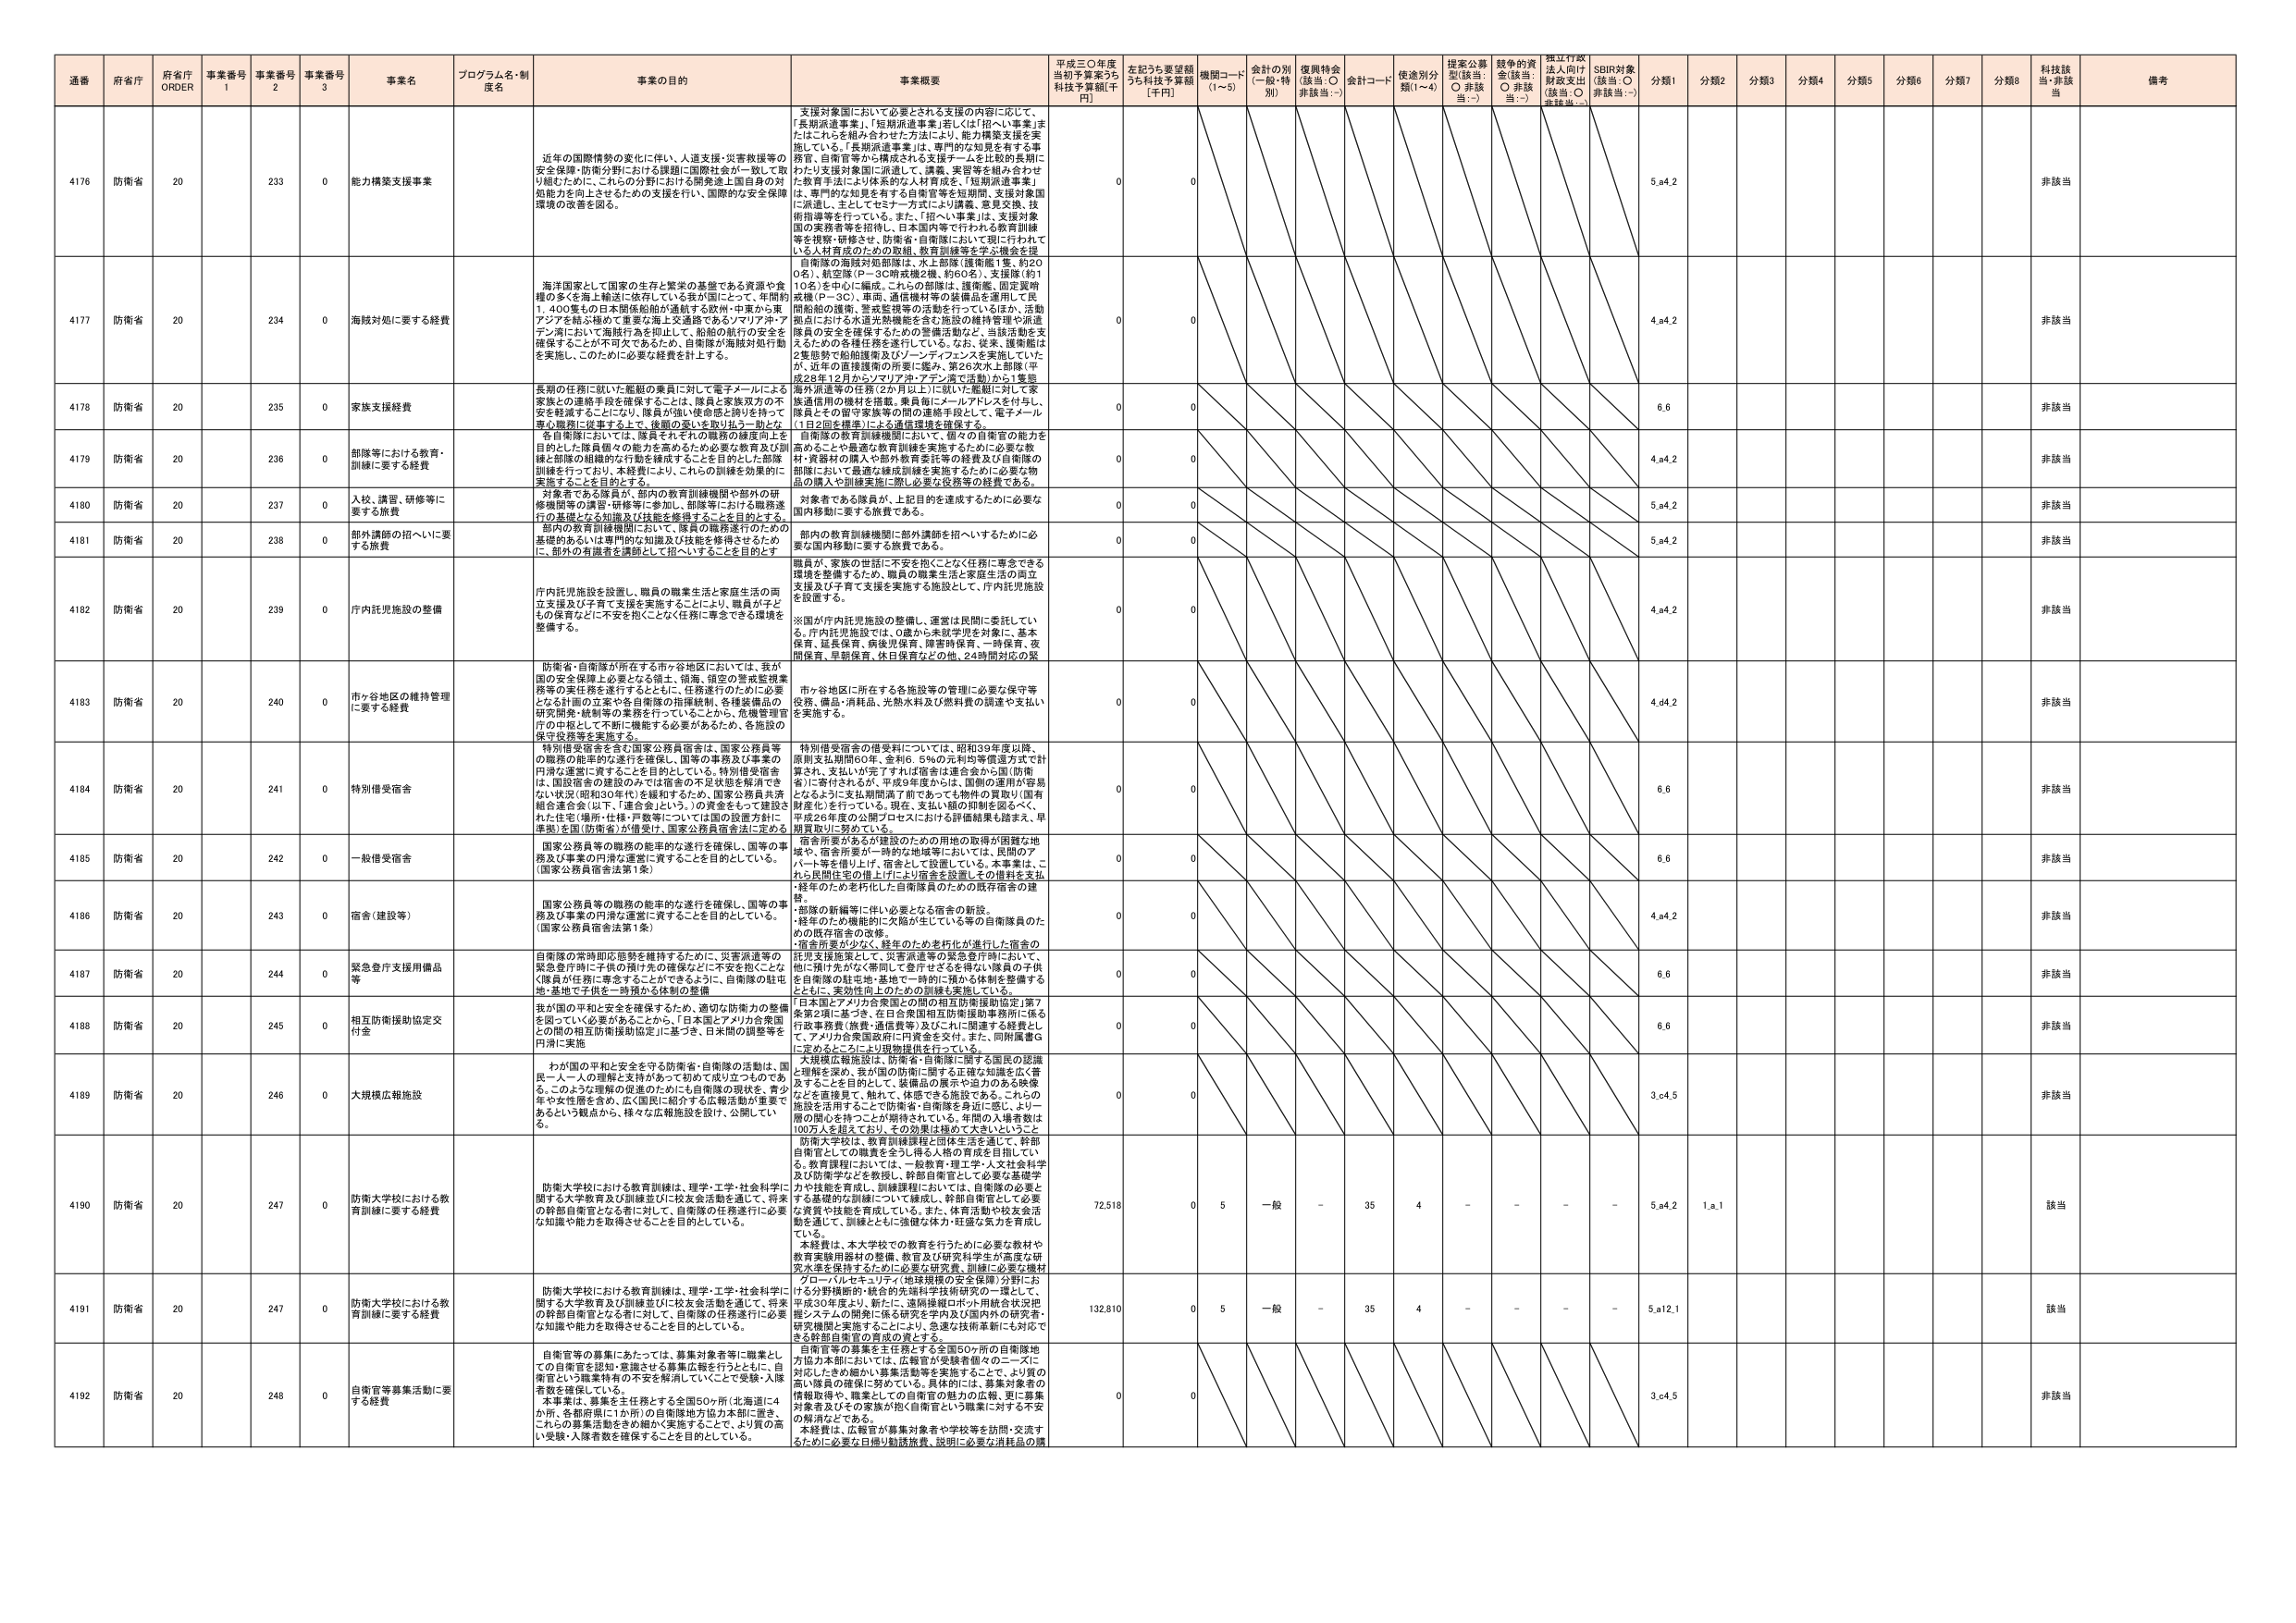
通番 府省庁 府省庁 ORDER 事業番号 1 事業番号 2 事業番号 3 事業名 プログラム名・制度名 事業の目的 事業概要 平成三〇年度当初予算案うち 科技予算額[千円] 左記うち要望額うち科技予算額 [千円] 機関コード (1~5) 会計の別 (一般・特別) 復興特会 (該当: ○ 非該当: -) 会計コード 使途別分類(1~4) 提案公募型(該当: ○ 非該当: -) 競争的資金(該当: ○ 非該当: -) 独立行政法人向け財政支出(該当: ○ 非該当: -) SDBR対象(該当: ○ 非該当: -) 分類1 分類2 分類3 分類4 分類5 分類6 分類7 分類8 科技該当・非該当 備考

4176 防衛省 20 233 0 能力構築支援事業 近年の国際情勢の変化に伴い、人道支援・災害救援等の安全保障・防衛分野における課題に国際社会が一致して取り組むために、これらの分野における開発途上国自身の対処能力を向上させるための支援を行い、国際的な安全保障環境の改善を図る。 支援対象国において必要とされる支援の内容に応じて、「長期派遣事業」、「短期派遣事業」若しくは「招へい事業」またはこれらを組み合わせた方法により、能力構築支援を実施している。「長期派遣事業」は、専門的な知見を有する事務官、自衛官等から構成される支援チームを比較的長期にわたり支援対象国に派遣して、講義、実習等を組み合わせた教育手法により体系的な人材育成を「短期派遣事業」は、専門的な知見を有する自衛官等を短期間、支援対象国に派遣し、主としてセミナー方式により講義、意見交換、技術指導等を行っている。また、「招へい事業」は、支援対象国の実務者等を招待し、日本国内等で行われる教育訓練等を視察・研修させ、防衛省・自衛隊において現に行われている人材育成のための課題、教育訓練等を学ぶ機会を提供する。 自衛隊の海技対処部隊は、水上部隊（護衛艦7隻、約200名）、航空隊（P－3C哨戒機2機、約60名）、支援隊（約110名）を中心に編成。これらの部隊は、護衛艦、固定翼哨戒機（P－3C）、車両、通信機材等の装備品を運用して民間船舶の援航、警戒監視等の活動を行っているほか、活動拠点における水道光熱機能を含む施設の維持管理や派遣隊員の安全を確保するための警備活動など、当該活動を支えるための各種任務を遂行している。なお、従来、護衛艦は2隻態勢で船舶援航及びソーン・ディフェンスを実施していたが、近年の直接援航の需要に鑑み、第26次水上部隊（平成28年12月からソマリア沖・アデン湾で活動）から1隻態勢外派遣等の任務（2か月以上）に就いた艦艇に対して家族通信用の機材を搭載、乗員員にメールアドレスを付与し、隊員とその留守家族等の間の連絡手段として、電子メール（1日2回を標準）による通信環境を確保する。 0 0 5.a4.2 非該当

4177 防衛省 20 234 0 海技対処に要する経費 海洋国家として国家の生存と繁栄の基盤である資源や食糧の多くを海上輸送に依存している我が国にとって、年間約1,400隻もの日本関係船舶が通航する欧州・中東から東アジアを結ぶ極めて重要な海上交通路であるソマリア沖・アデン湾において海賊行為を抑止して、船舶の航行の安全を確保することが不可欠であるため、自衛隊が海技対処行動を実施し、このために必要な経費を計上する。 0 0 4.a4.2 非該当

4178 防衛省 20 235 0 家族支援経費 長期の任務に就いた艦艇の乗員に対して電子メールによる家族との連絡手段を確保することは、隊員と家族双方の不安を軽減することにより、隊員が強い使命感と誇りを持って専心職務に従事する上で、後顧の憂いを取り払う一助とな る。 自衛隊においては、隊員それぞれの職務の確度向上を目的とした隊員個々の能力を高めるため必要な教育及び訓練と部隊の組織的な行動を構成することを目的とした部隊訓練を行っており、本経費により、これらの訓練を効果的に実施することを目的とする。 0 0 6.6 非該当

4179 防衛省 20 236 0 部隊等における教育・訓練に要する経費 0 0 4.a4.2 非該当

4180 防衛省 20 237 0 入校、講習、研修等に要する旅費 対象者である隊員が、部内の教育訓練機関や部外の研修機関等の講習・研修等に参加し、部隊等における職務遂行の基礎となる知識及び技能を修得することを目的とする。 0 0 5.a4.2 非該当

4181 防衛省 20 238 0 部外講師の招へいに要する旅費 部内の教育訓練機関において、隊員の職務遂行のための基礎的あるいは専門的な知識及び技能を修得させるため に、部外の有識者を講師として招へいすることを目的とす る。 部内の教育訓練機関に部外講師を招へいするために必要な国内移動に要する旅費である。 0 0 5.a4.2 非該当

4182 防衛省 20 239 0 庁内託児施設の整備 庁内託児施設を設置し、職員の職業生活と家庭生活の両立支援及び子育て支援を実施することにより、職員が子育てとの保育などに不安を抱くことなく任務に専念できる環境を整備する。 職員が、家庭の世話に不安を抱くことなく任務に専念できる環境を整備するため、職員の職業生活と家庭生活の両立支援及び子育て支援を実施する施設として、庁内託児施設を設置する。 ※国が庁内託児施設の整備し、運営は民間に委託してい る。庁内託児施設では、0歳から未就学児を対象に、基本保育、延長保育、病後児保育、障害時保育、一時保育、夜間保育、早朝保育、休日保育などの他、24時間対応の緊 0 0 4.a4.2 非該当

4183 防衛省 20 240 0 市ヶ谷地区の維持管理に要する経費 防衛省・自衛隊が所在する市ヶ谷地区においては、我が国の安全保障上必要となる領土、領海、領空の警戒監視業務等の委託業務を遂行するとともに、任務遂行のために必要となる計画の立案や各自衛隊の指揮統制、各種装備品の研究開発・統制等の業務を行っていることから、危機管理官庁の中核として不断に機能する必要があるため、各施設の保守交換等を実施する。 市ヶ谷地区に所在する各施設等の管理に必要な保守等役務、備品・消耗品、光熱水料及び燃料費の調達や支払いを実施する。 0 0 4.d4.2 非該当

4184 防衛省 20 241 0 特別借受宿舎 特別借受宿舎を含む国家公務員宿舎は、国家公務員等の職務の能率的な遂行を確保し、国等の事務及び事業の円滑な運営に資することを目的としている。特別借受宿舎は、国設宿舎の建設のみでは宿舎の不足状態を解消でき ない状況（昭和60年代）を緩和するため、国家公務員共済組合連合会（以下、「連合会」という。）の資金をもって建設された住宅（場所・仕様・戸数等については国の設置方針に準拠）を国（防衛省）が借受け、国家公務員宿舎法に定める 特別借受宿舎の借受料については、昭和39年度以降、原則支払期間60年、金利6.5％の元利均等償還方式で計算され、支払いが完了すれば宿舎は連合会から国（防衛省）に寄付されるが、平成9年度からは、国側の運用が容易となるように支払期間満了前であっても物件の買取（国有財産化）を行っている。現在、支払い額の抑制を図るべく、平成26年度の公開プロセスにおける評価結果も踏まえ、早期買取りに努めている。 0 0 6.6 非該当

4185 防衛省 20 242 0 一般借受宿舎 国家公務員等の職務の能率的な遂行を確保し、国等の事務及び事業の円滑な運営に資することを目的としている。 （国家公務員宿舎法第1条） 宿舎所要があるが建設のための用地の取得が困難な地域や、宿舎所要が一時的な地域等においては、民間のアパート等を借り上げ、宿舎として設置している。本事業は、これら民間住宅の借上げにより宿舎を設置しその借料を支払 0 0 6.6 非該当

4186 防衛省 20 243 0 宿舎（建設等） 国家公務員等の職務の能率的な遂行を確保し、国等の事務及び事業の円滑な運営に資することを目的としている。 （国家公務員宿舎法第1条） ・部隊の新編等に伴い必要となる宿舎の新設。 ・経年のため機能的に欠陥が生じている等の自衛隊員のための既存宿舎の改修。 ・宿舎所要が少なく、経年のため老朽化が進行した宿舎の託児支援施設として、災害派遣等の緊急金貸付において、他に預け先がなく帯同して登庁せざるを得ない隊員の子供を自衛隊の駐屯地・基地で一時的に預かる体制を整備するとともに、柔効性向上のための訓練を実施している。 0 0 4.a4.2 非該当

4187 防衛省 20 244 0 緊急金貸支用備品等 0 0 6.6 非該当

4188 防衛省 20 245 0 相互防衛援助協定交付金 我が国の平和と安全を確保するため、適切な防衛力の整備を図っていく必要があることから、「日本国とアメリカ合衆国との間の相互防衛援助協定」に基づき、日本間の調整等を円滑に実施 「日本国とアメリカ合衆国との間の相互防衛援助協定」第7条第2項に基づき、在日本合衆国相互防衛援助事務所に係る行政事務費（旅費・通信費等）及びこれに関連する経費とし て、アメリカ合衆国政府に円資金を交付。また、同附属書Gに定めるところにより現物提供を行っている。 0 0 6.6 非該当

4189 防衛省 20 246 0 大規模広報施設 わが国の平和と安全を守る防衛省・自衛隊の活動は、国民一人一人の理解と支持があって初めて成り立つものであ る。このような理解の促進のためにも自衛隊の現状を、青少年や女性層を含め、広く国民に紹介する広報活動が重要であるという観点から、様々な広報施設を設け、公開してい る。 大規模広報施設は、防衛省・自衛隊に関する国民の認識と理解を深め、我が国の防衛に関する正確な知識を広く普及することを目的として、装備品の展示や迫力のある映像などを直接見て、触れて、体感できる施設である。これらの施設を活用することで防衛省・自衛隊を身近に感じ、より一層の関心を持つことが期待されている。年間の入場者数は100万人を超えており、その効果は極めて大きいというこ 0 0 3.c4.5 非該当

4190 防衛省 20 247 0 防衛大学校における教育訓練に要する経費 防衛大学校における教育訓練は、理学・工学・社会科学に関する大学教育及び訓練並びに校友会活動を通じて、将来の幹部自衛官となる者に対して、自衛隊の任務遂行に必要な知識や能力を取得させることを目的としている。 防衛大学校は、教育訓練課程と団体生活を通して、幹部自衛官としての職責を全うし得る人材の育成を目指してい る。教育課程については、一般教育・理工学・人文社会科学及び防衛学などを教授し、幹部自衛官として必要な基礎学力や技能を育成し、訓練課程においては、自衛隊の必要と する基礎的な訓練について練成し、幹部自衛官として必要 な資質や技能を育成している。また、体育活動や校友会活 動を通じて、訓練とともに強健な体力・旺盛な気力を育成し ている。 本経費は、本大学校での教育を行うために必要な教材や 教育実験用器材の整備、教育及び研究科学者が高度な研 究大学を支持するための必要な研究費、訓練に必要な教材 グローバルセキュリティ（地球規模の安全保障）分野にお ける分野横断的・統合的先端科学技術研究の一環として、 平成30年度より、新たに、遠隔操縦ロボット用統合状況把 握システムの開発に係る研究を学内及び国内外の研究者・ 研究機関と実施することにより、急速な技術革新に対応で きる幹部自衛官の育成の資とする。 72,518 0 5 一般 - 35 4 - - - - 5.a4.2 1.a.1 該当

4191 防衛省 20 247 0 防衛大学校における教育訓練に要する経費 防衛大学校における教育訓練は、理学・工学・社会科学に関する大学教育及び訓練並びに校友会活動を通じて、将来の幹部自衛官となる者に対して、自衛隊の任務遂行に必要な知識や能力を取得させることを目的としている。 132,810 0 5 一般 - 35 4 - - - - 5.a12.1 該当

4192 防衛省 20 248 0 自衛官等募集活動に要する経費 自衛官等の募集にあたっては、募集対象者等に職業とし ての自衛官を認知・意識させる募集広報を行うとともに、自 衛官という職業特有の不安を解消していくことで受験・入隊 者数を確保している。 本事業は、募集を主任務とする全国50ヶ所（北海道に4か所、各都府県に1か所）の自衛隊地方協力本部に置か れ、これらの募集活動をきめ細かく実施することで、より質の高 い受験・入隊者数を確保することを目的としている。 自衛官等の募集を主任務とする全国50ヶ所の自衛隊地 方協力本部においては、広報官が受験者個々のニーズに 対応しきめ細かい募集活動等を実施することで、より質の 高い隊員の確保に努めている。具体的には、募集対象者の 情報取得や、職業としての自衛官の魅力の広報、更に募集 対象者及びその家族が抱く自衛官という職業に対する不安 が解消などである。 本経費は、広報官が募集対象者や学校等を訪問・交流す るために必要な日帰り勤務旅費、説明に必要な消耗品の購 0 0 3.c4.5 非該当